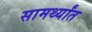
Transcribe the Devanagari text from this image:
सामर्थ्यांत